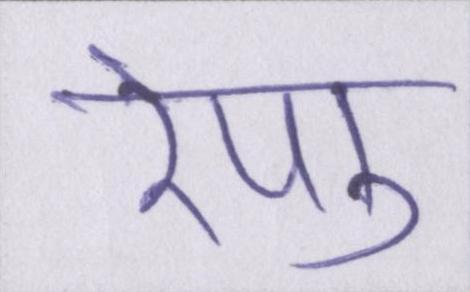
रेणु